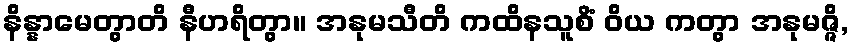
နိန္နာမေတွာတိ နီဟရိတွာ။ အနုမသီတိ ကထိနသူစိံ ဝိယ ကတွာ အနုမဇ္ဇိ,